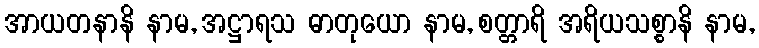
အာယတနာနိ နာမ, အဋ္ဌာရသ ဓာတုယော နာမ, စတ္တာရိ အရိယသစ္စာနိ နာမ,